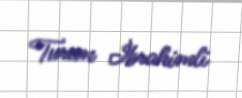
Turan İbrahimli